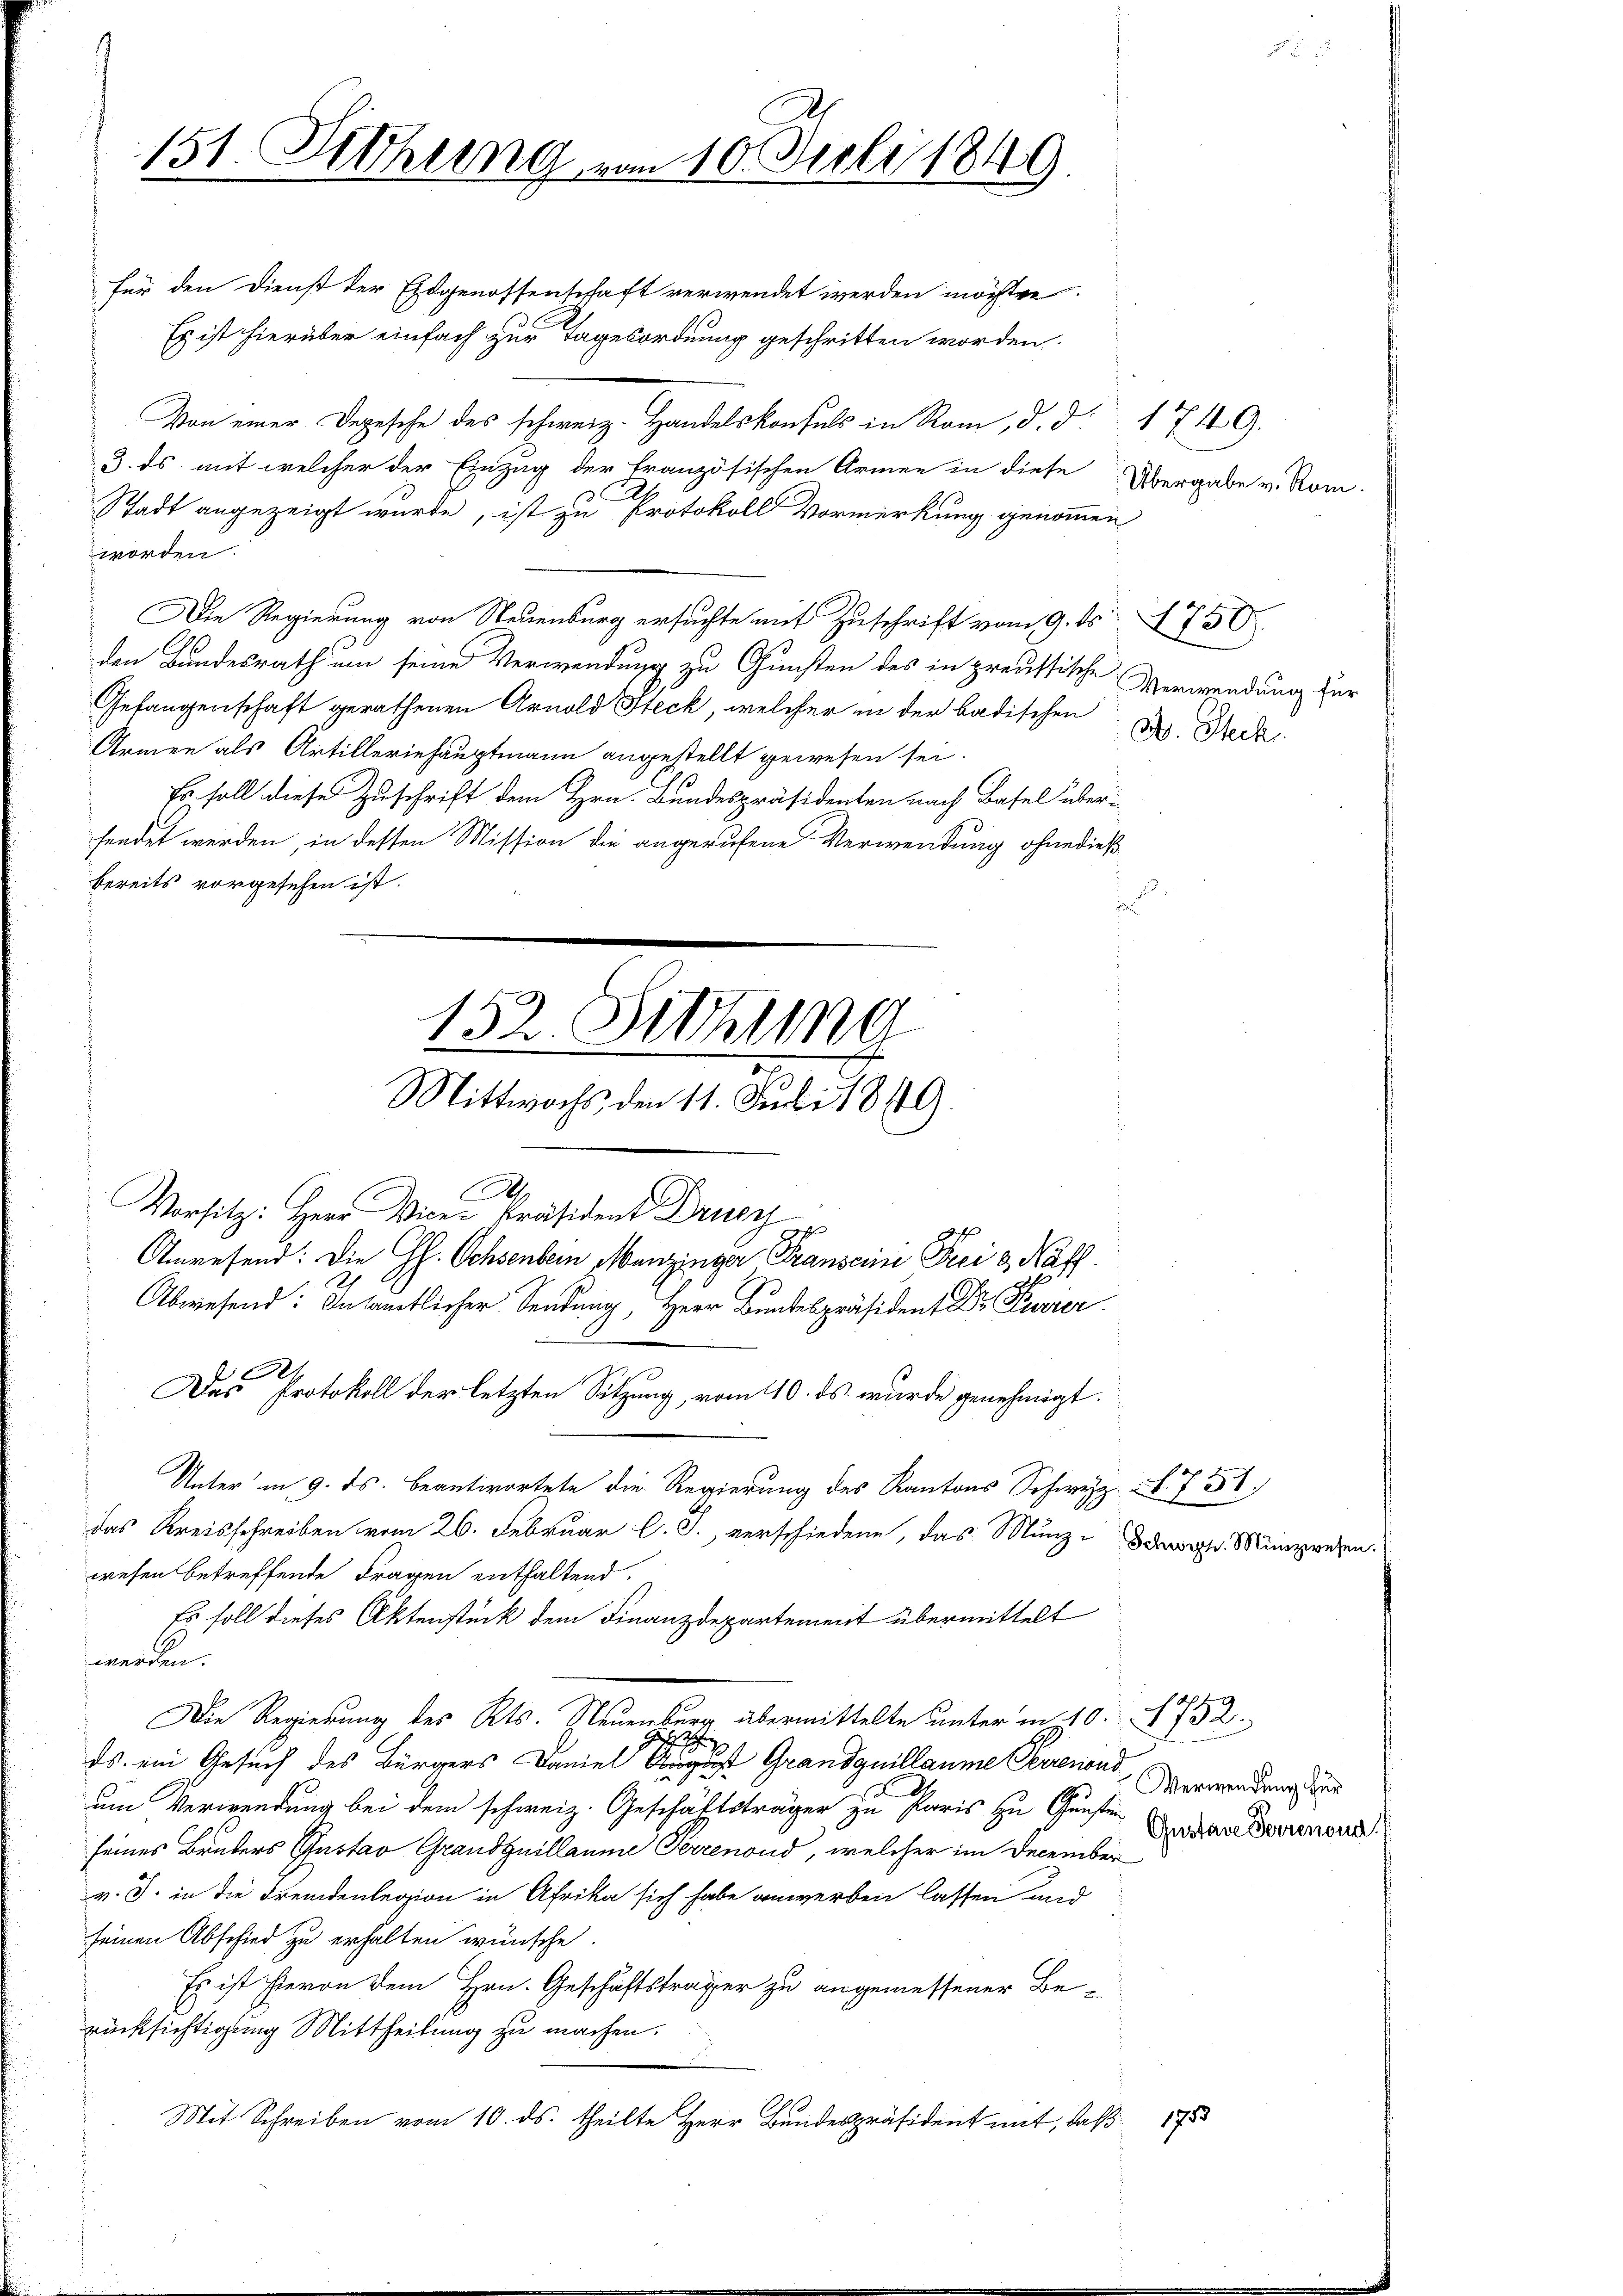
151. Sitzung vom 10. Juli 1849

für den Dienst der Eidgenossenschaft verwendet werden möchten
Es ist hierüber einfach zur Tagesordnung geschritten worden.
Von einer Depesche des schweiz. Handelskonsuls in Rom, d. d. 1749.
3. ds. mit welcher der Einzug der Französischen Armee in diese
Stadt angezeigt wurde, ist zu Protokoll Vormerkung genommen,
worden.
Die Regierung von Neuenburg ersuchte mit Zuschrift vom 9. ds. 750
den Bundesrath um seine Verwendung zu Gunsten des in preussische Verwendung für
Gelangenschaft gerathenen Arnold Steck, welcher in der badischen Dr. Beck
Armen als Artilleriehauptmann angestellt gewesen sei.
Es soll diese Zuschrift dem Hrn. Bundespräsidenten nach Basel über-
lendet werden, in dessen Mission die angerufene Verwendung ohne dieß
bereits vorgesehen ist.
A
Vorsitz: Herr Vice-Präsident Druc
Anwesend: Die Gs. Ochsenbein Menzinger Franseine Frei & Naff.
Abwesend: In sämtlicher Sendung, Herr Bundespräsident Dr. Puvier
e
Das Protokoll der letzten Sitzung, vom 110. ds. wurde genehmigt.
Unter in 9. ds. beantwortete die Regierung des Kantons Schweiz. N. 751.
das Kreisschreiben vom 26. Februar l. J., verschiedene, das Münz- Münzwe
resen betreffende Fragen enthaltend.
Es soll dieses Aktenstück dem Finanzdepartement übermittelt
werden.
Die Regierung des Kts. Neuenburg übermittelte unter in 10. 732.
G
s. ein Gesuch des Bürgers Daniel August Grandquillaume Perrenond
im Verwendung bei dem schweiz. Geschäftsträger zu Paris zu Gunsten
eines Brüters Gustav Grandguillaume Perrenond, welcher im December
v. J. in die Fremdenlegion in Afrika sich habe anwerben lassen und
einen Abschied zu erhalten wünsche.
Es ist hievon dem Hrn. Geschäftsträger zu angemessener Be-
ücksichtigung Mittheilung zu machen.
Mit Schreiben vom 10. ds. theilte Herr Bundespräsident mit, daß

152 Sitzuma
Mittwochs den 11. Juli 1849

e

1753

Übergabe v. Rom

Verwendung für
Gustave Herrenoud.